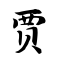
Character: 贾